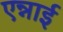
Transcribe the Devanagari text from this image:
एन्नाई